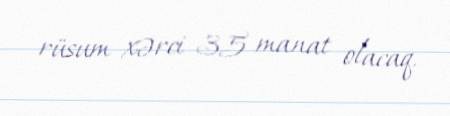
rüsum xərci 35 manat olacaq.